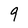
Character: 9